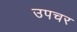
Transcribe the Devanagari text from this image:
उपचर